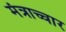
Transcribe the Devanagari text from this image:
मंत्राच्चार